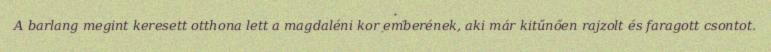
A barlang megint keresett otthona lett a magdaléni kor emberének, aki már kitűnően rajzolt és faragott csontot.